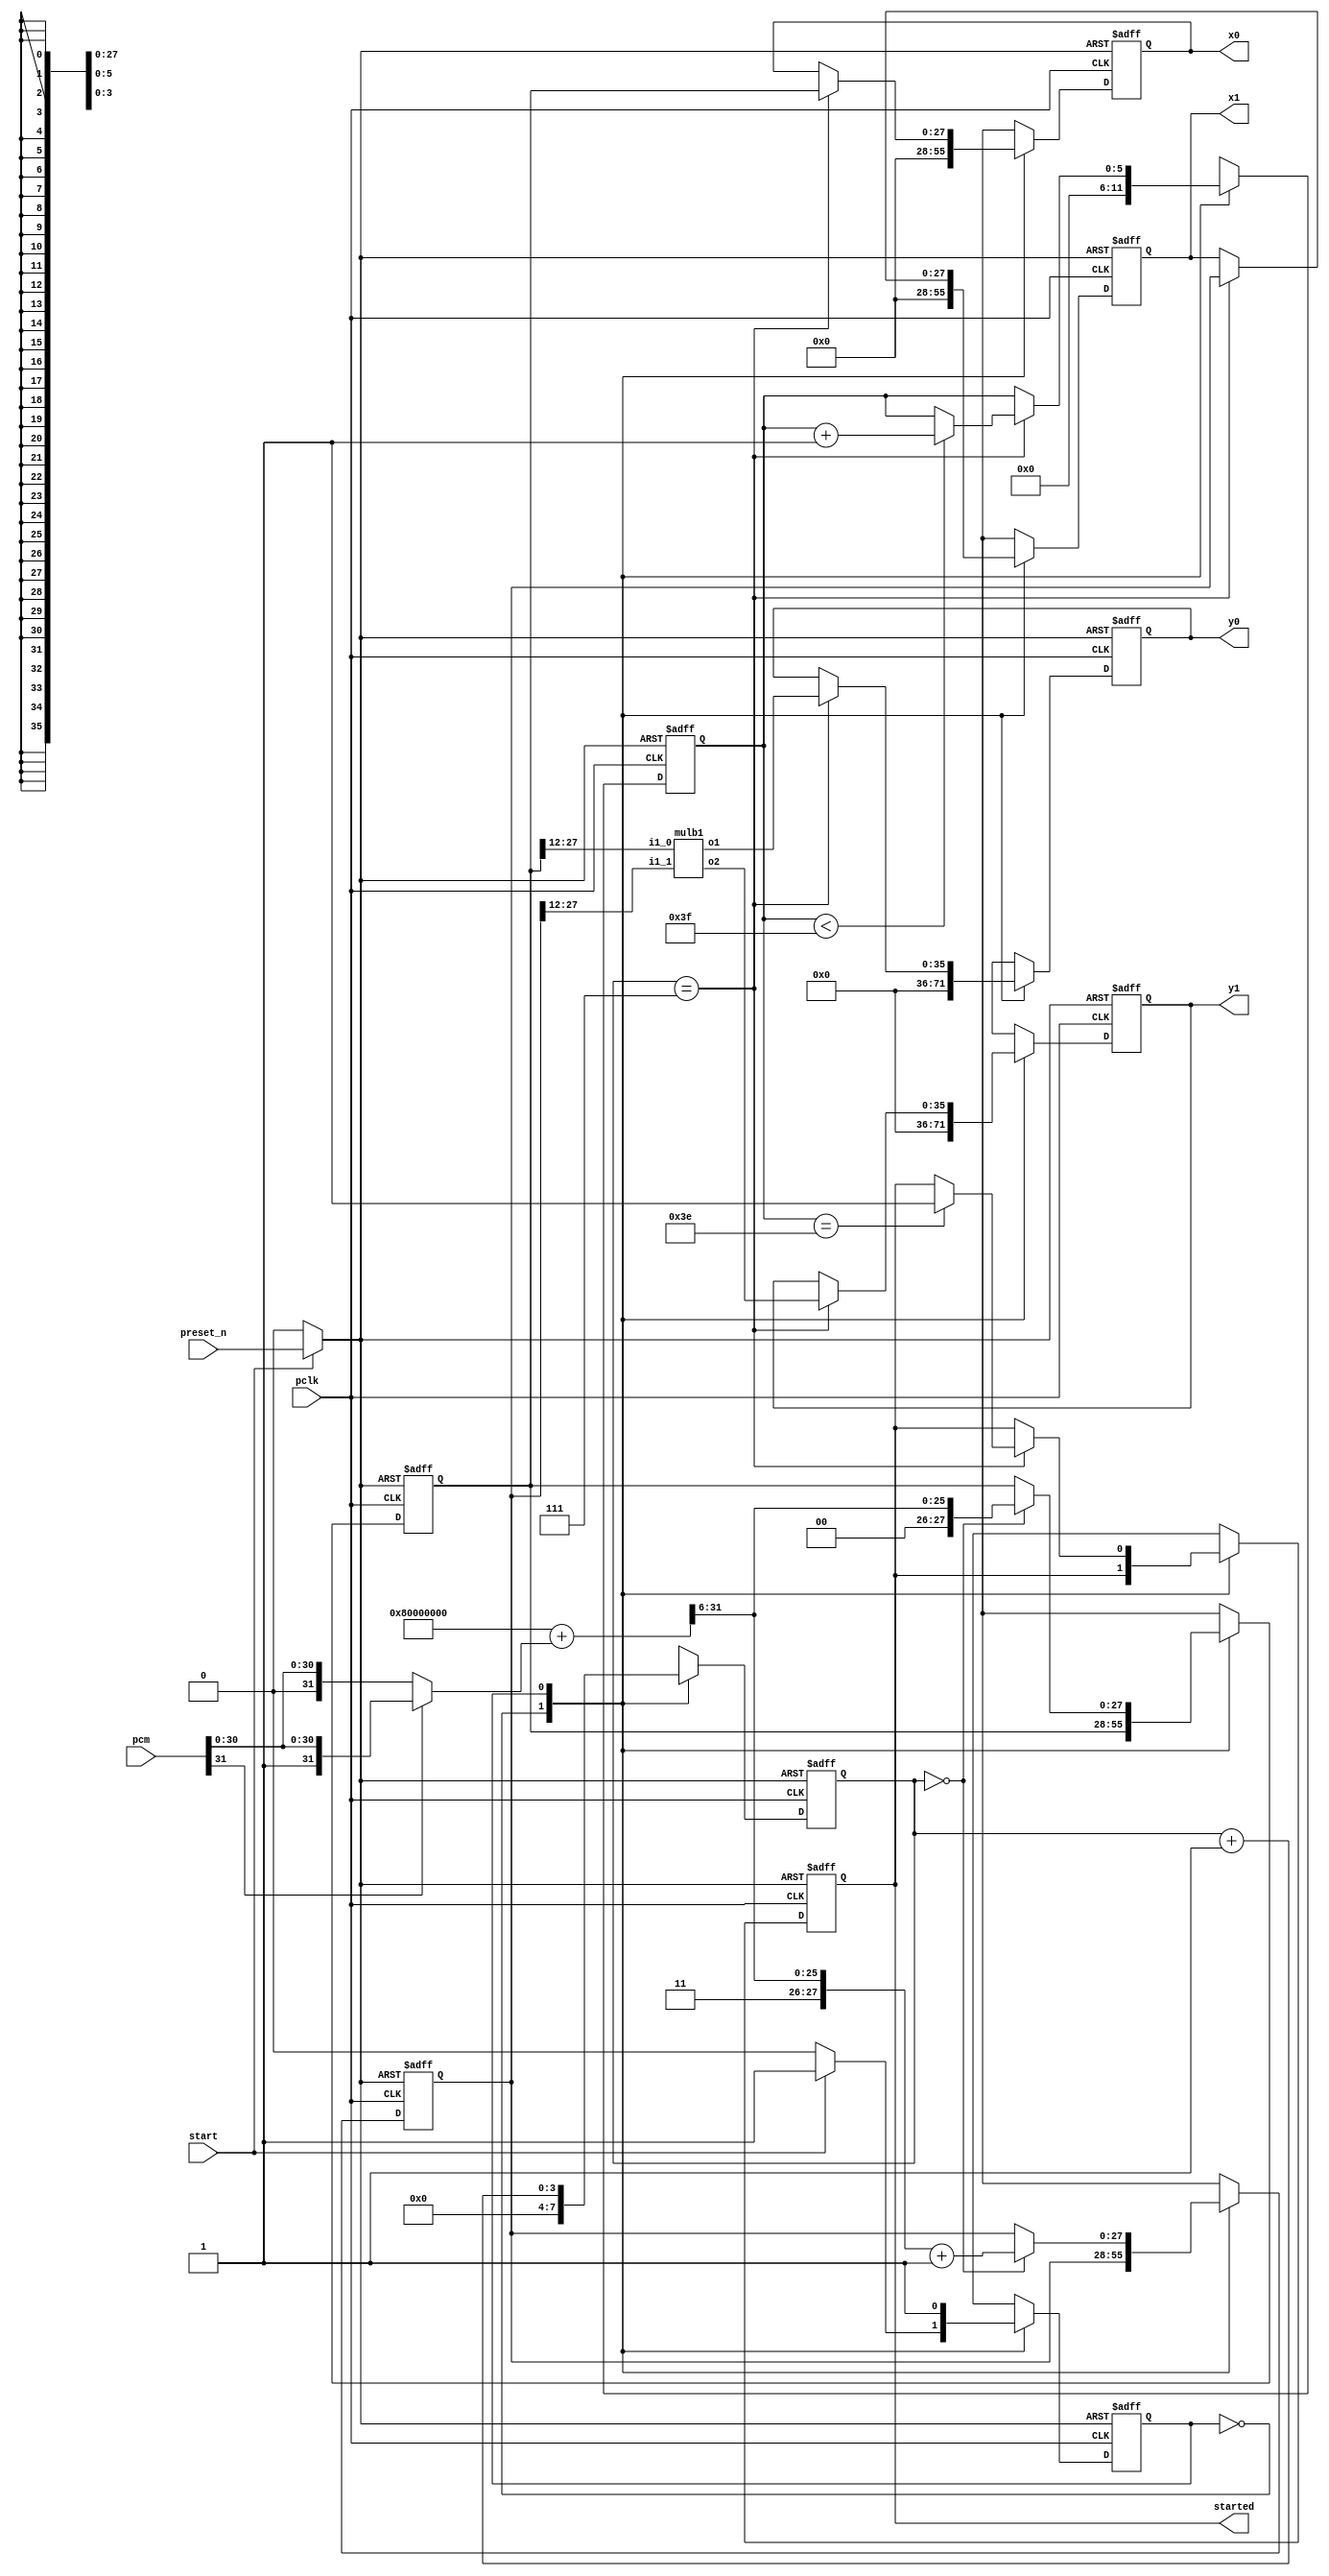
//
// pipe line output x+1, x-1, (x+1)*b1, (x-1)*b1
// this is the input stage for pipeline sdm512 engine
//
// input is -6dB of original PCM
//
// output data will have a sample rate of 2822400, which is 1/16 of the 45.1584MHz clock
//

`define  B1  36'h4F00000

module pipe_pcm(
input pclk,      //45.1584MHz clock
input preset_n,
input start,
output started,  //only active when the outputs are valid, otherwise SDM unstable!!!!!!!!!!
input signed [31:0] pcm,
output signed [27:0]x0,
output signed [27:0]x1,
output signed [35:0]y0,
output signed [35:0]y1
);

parameter IDLE = 1'b0;
parameter WORK = 1'b1;
reg state, n_state;
reg [3:0] i, n_i;
reg [5:0] j, n_j;
reg work, n_work;

reg reset_n;
always @* if (start == 0) reset_n = 0; else reset_n = preset_n;

wire signed [32:0] pcmx; 
wire signed [32:0] one, minus_one;
wire signed [32:0] xp1, xm1; 

assign pcmx = pcm[31]? {1'b1, pcm} : {1'b0, pcm};
assign one = 33'h7fffffff + 33'h1;
assign minus_one = 33'h0 - one;
assign xp1 = one + pcmx;         // no rounding
assign xm1 = minus_one + pcmx;   // no roundin

reg signed [27:0] plus, minus, n_plus, n_minus;
reg signed [27:0] xx0, xx1, n_xx0, n_xx1;
reg signed [35:0] b1xplus, b1xminus, n_b1xplus, n_b1xminus;

//multipliers:
wire signed [35:0] mul_plus_b1, mul_minus_b1;
mulb1 U100(.i1_0(plus[27:12]), .i1_1(minus[27:12]), .o1(mul_plus_b1), .o2(mul_minus_b1));

assign x0 = xx0;
assign x1 = xx1;
assign y0 = b1xplus;
assign y1 = b1xminus;
assign started = work;

always @(posedge pclk or negedge reset_n)
    if (0 == reset_n) begin
        state <= 0;
        i  <= 0; j <= 0;
        plus <= 0;
        minus <= 0;
        b1xplus <= 0;
        b1xminus <= 0;
        xx0 <= 0; xx1 <= 0;    
        work <= 0;
        end
    else begin
        state <= n_state;
        i <= n_i; j <= n_j;
        plus <= n_plus;
        minus <= n_minus;
        b1xplus <= n_b1xplus;
        b1xminus <= n_b1xminus;
        xx0 <= n_xx0; xx1 <= n_xx1;
        work <= n_work;
        end

always @* begin
    n_state = state;
    n_i = i; n_j = j;
    n_plus = plus;
    n_minus = minus;
    n_b1xplus = b1xplus;
    n_b1xminus = b1xminus;
    n_xx0 = xx0; n_xx1 = xx1;
    n_work = work;
    case(state)

IDLE: begin
    n_i = 0;
    n_j = 0;
    n_xx0 = 0;
    n_xx1 = 0;
    n_b1xplus  = 0;
    n_b1xminus  = 0;
    if (start) n_state = WORK;
    end

WORK: begin
    n_i = i+1;
    if (i == 0) begin
        n_plus  = {2'b00, xp1[31:6]};
        n_minus = {2'b11, xm1[31:6]} + 28'h1;
        end

    if (i == 7) begin
        n_xx0 = plus;
        n_xx1 = minus;
        n_b1xplus = mul_plus_b1;
        n_b1xminus = mul_minus_b1;
        if (j<63) n_j = n_j+1;
        if (j==62) n_work = 1;

        //#10 if (work) $display("@@@@=%d %d %d %d %d", pcm, plus, minus, b1xplus, b1xminus);  
        end

    end

    endcase    
    end

endmodule


//calc (x+1)*b1, (x-1)*b1
module mulb1(
input signed[27:12] i1_0,
input signed[27:12] i1_1,
output signed [35:0] o1,
output signed [35:0] o2
);

reg signed [35:0]  mul_i1_0_b1; /* synthesis syn_multstyle="logic" */
reg signed [35:0]  mul_i1_1_b1; /* synthesis syn_multstyle="logic" */
reg signed [35:0] b1;
reg signed [15:0] t100, t101;
reg signed [19:0] tb1;
always @* begin
    b1 = `B1;
    tb1 =  {b1[31:12]};
    t100 = {i1_0[27:12]};
    t101 = {i1_1[27:12]};
    mul_i1_0_b1 = t100 * tb1;
    mul_i1_1_b1 = t101 * tb1;
    end

assign o1 = mul_i1_0_b1;
assign o2 = mul_i1_1_b1;
endmodule